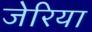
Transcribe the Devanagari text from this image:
जेरिया